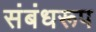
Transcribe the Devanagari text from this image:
संबंधरूप